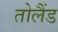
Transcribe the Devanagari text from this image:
तोलैंड